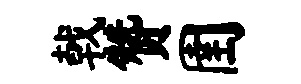
戟赞圉